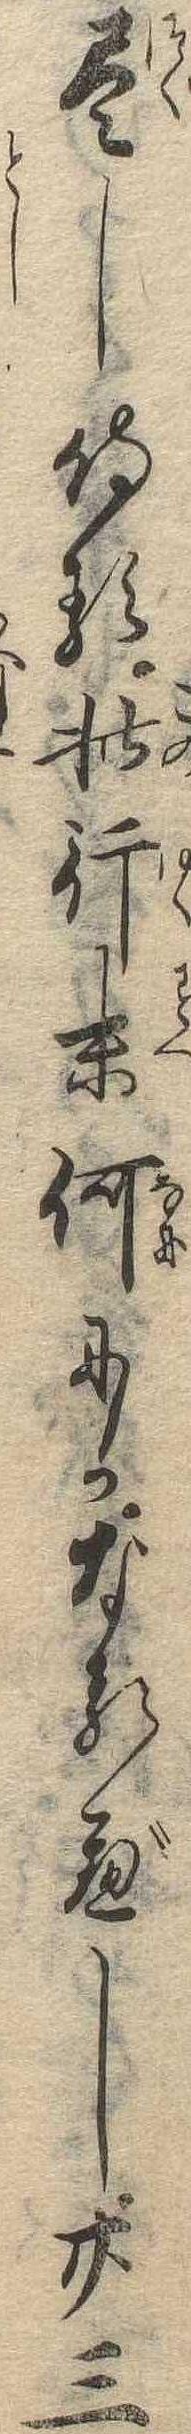
尽し侍る此行末何にかなるべし廿三